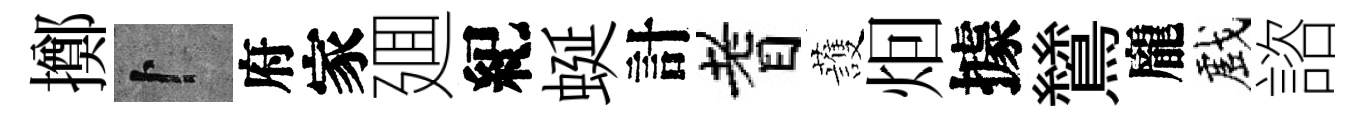
擲卜府家廽紀蜒計耆䕶𤇆據鷥龐戲諮